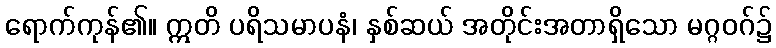
ရောက်ကုန်၏။ ဣတိ ပရိသမာပနံ၊ နှစ်ဆယ် အတိုင်းအတာရှိသော မဂ္ဂဝဂ်၌